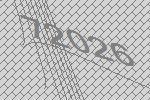
72026